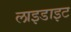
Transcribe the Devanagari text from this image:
लाइडाइट